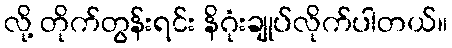
လို့ တိုက်တွန်းရင်း နိဂုံးချုပ်လိုက်ပါတယ်။